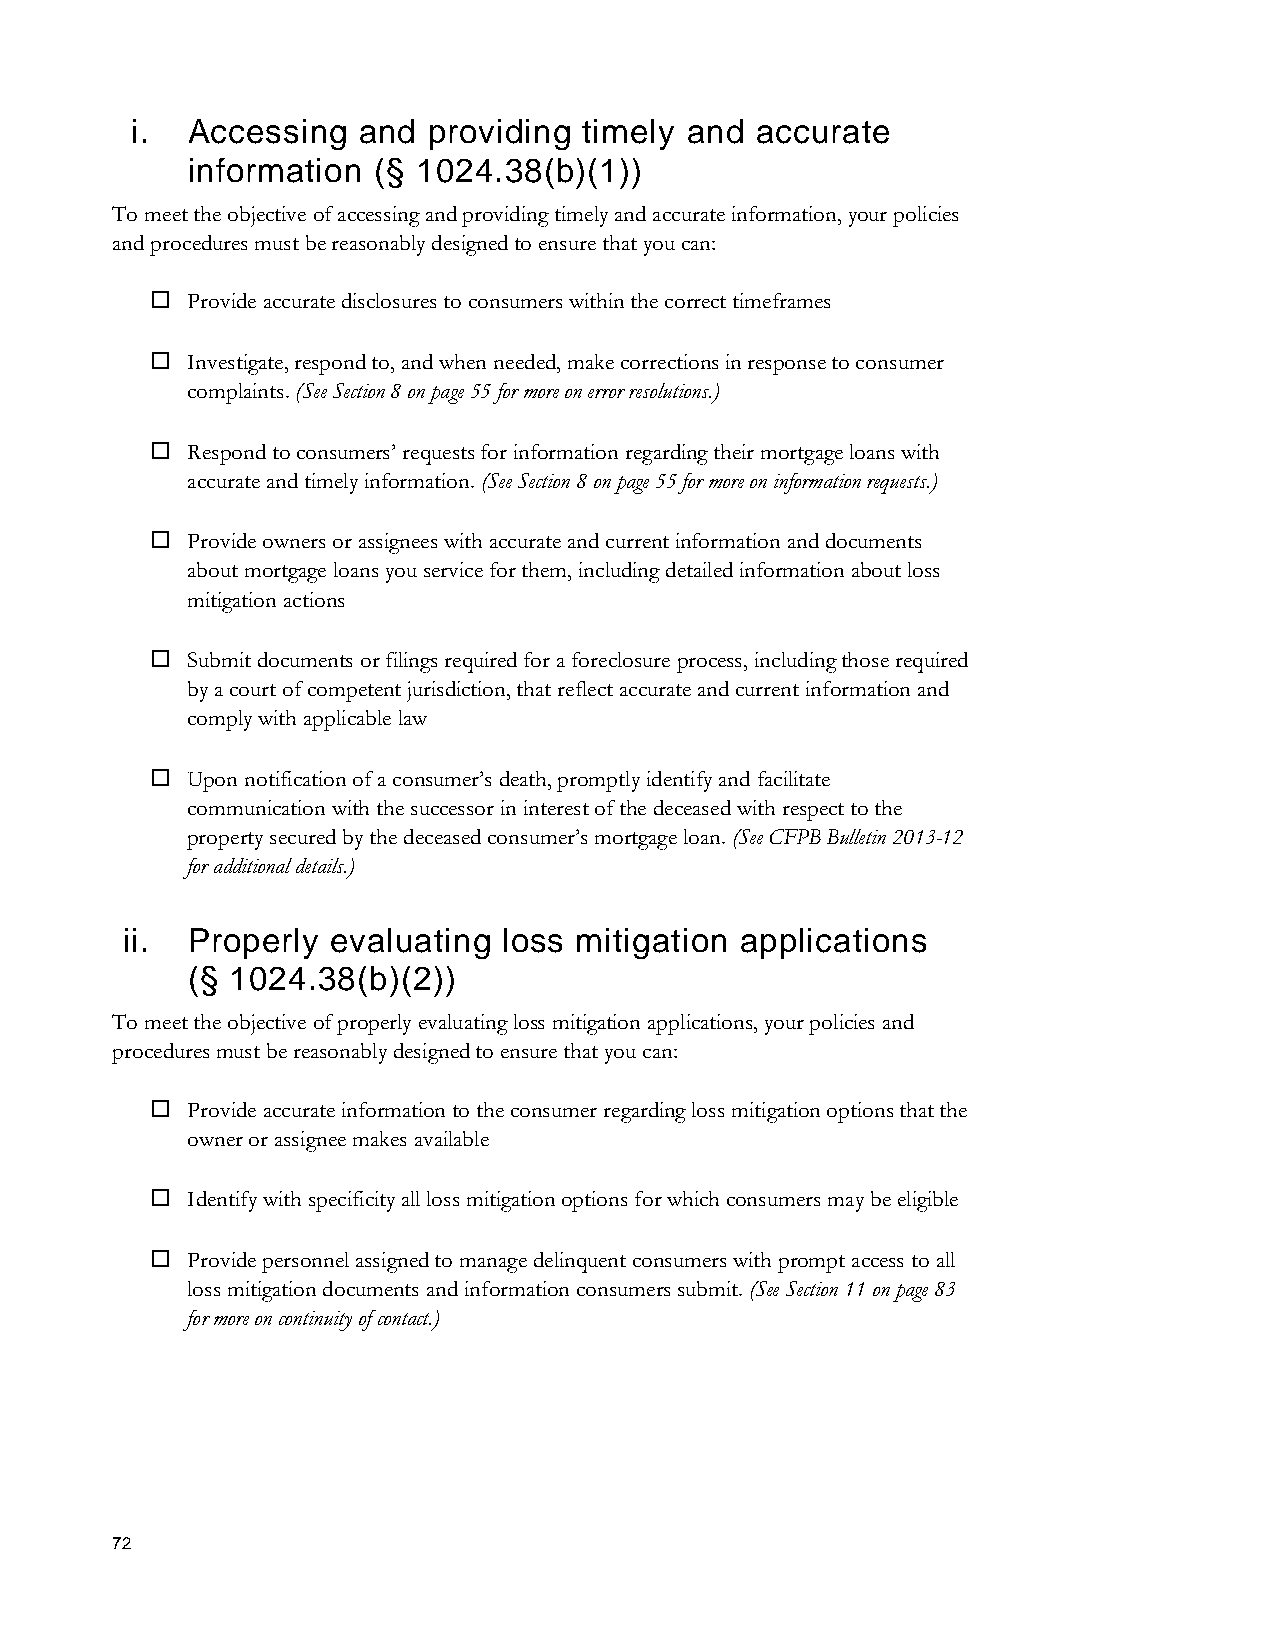
i. Accessing   and providing  timely and accurate
 information  (§ 1024.38(b)(1))
 To meet the objective of accessing and providing timely and accurate information, your policies
 and procedures must be reasonably designed to ensure that you can:
  Provide accurate disclosures to consumers within the correct timeframes
  Investigate, respond to, and when needed, make corrections in response to consumer
 complaints. (See Section 8 on page 55 for more on error resolutions.)
  Respond to consumers’ requests for information regarding their mortgage loans with
 accurate and timely information. (See Section 8 on page 55 for more on information requests.)
  Provide owners or assignees with accurate and current information and documents
 about mortgage loans you service for them, including detailed information about loss
 mitigation actions
  Submit documents or filings required for a foreclosure process, including those required
 by a court of competent jurisdiction, that reflect accurate and current information and
 comply with applicable law
  Upon notification of a consumer’s death, promptly identify and facilitate
 communication with the successor in interest of the deceased with respect to the
 property secured by the deceased consumer’s mortgage loan. (See CFPB Bulletin 2013-12
 for additional details.)
 ii. Properly  evaluating loss mitigation applications
 (§ 1024.38(b)(2))
 To meet the objective of properly evaluating loss mitigation applications, your policies and
 procedures must be reasonably designed to ensure that you can:
  Provide accurate information to the consumer regarding loss mitigation options that the
 owner or assignee makes available
  Identify with specificity all loss mitigation options for which consumers may be eligible
  Provide personnel assigned to manage delinquent consumers with prompt access to all
 loss mitigation documents and information consumers submit. (See Section 11 on page 83
 for more on continuity of contact.)
 72